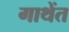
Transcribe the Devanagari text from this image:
गाथेंत